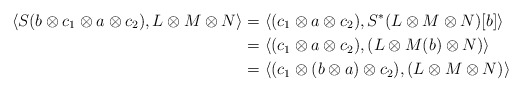
\begin{align*}\langle S(b\otimes c_1\otimes a\otimes c_2),L\otimes M\otimes N\rangle&=\langle ( c_1\otimes a\otimes c_2),S^*(L\otimes M\otimes N)[b]\rangle\\&=\langle ( c_1\otimes a\otimes c_2),(L\otimes M(b)\otimes N)\rangle\\&=\langle ( c_1\otimes (b\otimes a)\otimes c_2),(L\otimes M\otimes N)\rangle\end{align*}